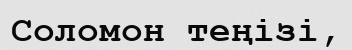
Соломон теңізі,